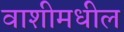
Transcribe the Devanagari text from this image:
वाशीमधील